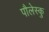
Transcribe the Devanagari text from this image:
पौलेस्कु